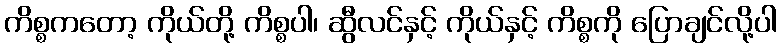
ကိစ္စကတော့ ကိုယ်တို့ ကိစ္စပါ၊ ဆွီလင်နှင့် ကိုယ်နှင့် ကိစ္စကို ပြောချင်လို့ပါ